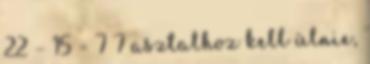
22 – 15 = 7 7 asztalhoz kell ülnie,